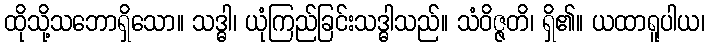
ထိုသို့သဘောရှိသော။ သဒ္ဓါ၊ ယုံကြည်ခြင်းသဒ္ဓါသည်။ သံဝိဇ္ဇတိ၊ ရှိ၏။ ယထာရူပါယ၊